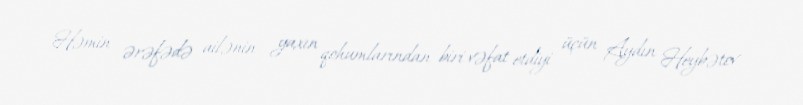
Həmin ərəfədə ailənin yaxın qohumlarından biri vəfat etdiyi üçün Aydın Heybətov